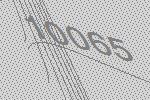
10065